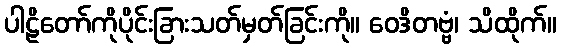
ပါဠိတော်ကိုပိုင်းခြားသတ်မှတ်ခြင်းကို။ ဝေဒိတဗ္ဗံ၊ သိထိုက်။